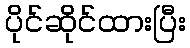
ပိုင်ဆိုင်ထားပြီး